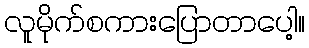
လူမိုက်စကားပြောတာပေါ့။